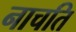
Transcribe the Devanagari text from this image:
नाचति